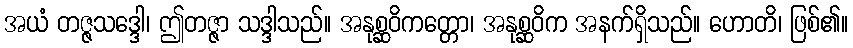
အယံ တဇ္ဇသဒ္ဒေါ၊ ဤတဇ္ဇာ သဒ္ဒါသည်။ အနုစ္ဆဝိကတ္တော၊ အနုစ္ဆဝိက အနက်ရှိသည်။ ဟောတိ၊ ဖြစ်၏။